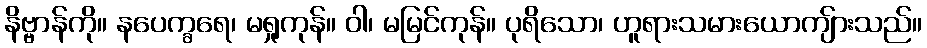
နိဗ္ဗာန်ကို။ နပေက္ခရေ၊ မရှုကုန်။ ဝါ၊ မမြင်ကုန်။ ပုရိသော၊ ဟူရားသမားယောကျ်ားသည်။